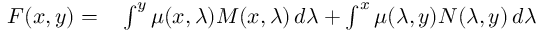
\begin{array} { r l } { F ( x , y ) = } & { { } \int ^ { y } \mu ( x , \lambda ) M ( x , \lambda ) \, d \lambda + \int ^ { x } \mu ( \lambda , y ) N ( \lambda , y ) \, d \lambda } \end{array}